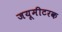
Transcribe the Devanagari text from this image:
जयूमीटरक